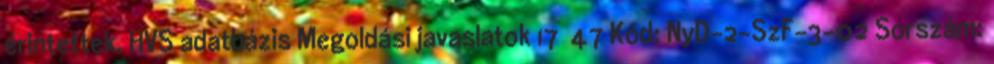
érintettek, HVS adatbázis Megoldási javaslatok 17 47 Kód: NyD-2-SzF-3-02 Sorszám: